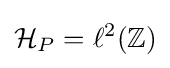
{\mathcal {H}}_{P}=\ell ^{2}(\mathbb {Z} )